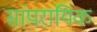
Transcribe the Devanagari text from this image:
सांपरायिक